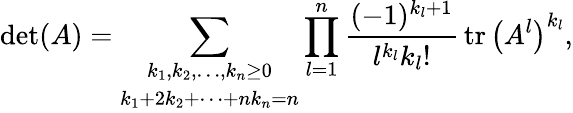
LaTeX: \operatorname*{det}(A)=\sum_{\begin{array}{c}{k_{1},k_{2},\ldots,k_{n}\geq 0}\\ {k_{1}+2k_{2}+\cdots+nk_{n}=n}\end{array}}\prod_{l=1}^{n}{\frac{(-1)^{k_{l}+1}}{l^{k_{l}}k_{l}!}}\operatorname{tr}\left(A^{l}\right)^{k_{l}},